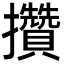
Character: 攢